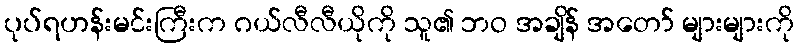
ပုပ်ရဟန်းမင်းကြီးက ဂယ်လီလီယိုကို သူ၏ ဘဝ အချိန် အတော် များများကို